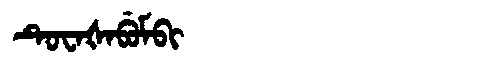
Manchu: ᡨᡠᠸᠠᡧᠠᠪᡠᠮᠪᡳ
Romanization: TUWAŠABUMBI